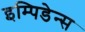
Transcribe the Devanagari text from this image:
इम्पिडेन्स